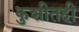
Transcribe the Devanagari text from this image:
कुशीतही